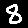
Digit: 8